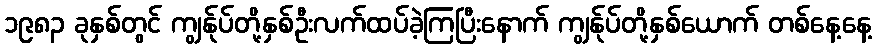
၁၉၈၃ ခုနှစ်တွင် ကျွန်ုပ်တို့နှစ်ဦးလက်ထပ်ခဲ့ကြပြီးနောက် ကျွန်ုပ်တို့နှစ်ယောက် တစ်နေ့နေ့